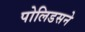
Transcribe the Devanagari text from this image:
पोलिडसने